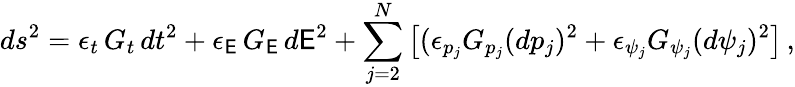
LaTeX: ds^{2}=\epsilon_{t}\, G_{t}\, dt^{2}+\epsilon_{\mathsf{E}}\, G_{\mathsf{E}}\, d\mathsf{E}^{2}+\sum_{j=2}^{N}\left[(\epsilon_{p_{j}}G_{p_{j}}(dp_{j})^{2}+\epsilon_{\psi_{j}}G_{\psi_{j}}(d\psi_{j})^{2}\right]\, ,